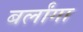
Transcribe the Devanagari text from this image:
बर्लांगा